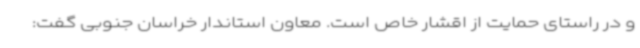
و در راستای حمایت از اقشار خاص است. معاون استاندار خراسان جنوبی گفت: